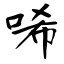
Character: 唏